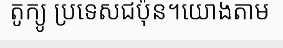
តូក្យូ ប្រទេសជប៉ុន។យោងតាម